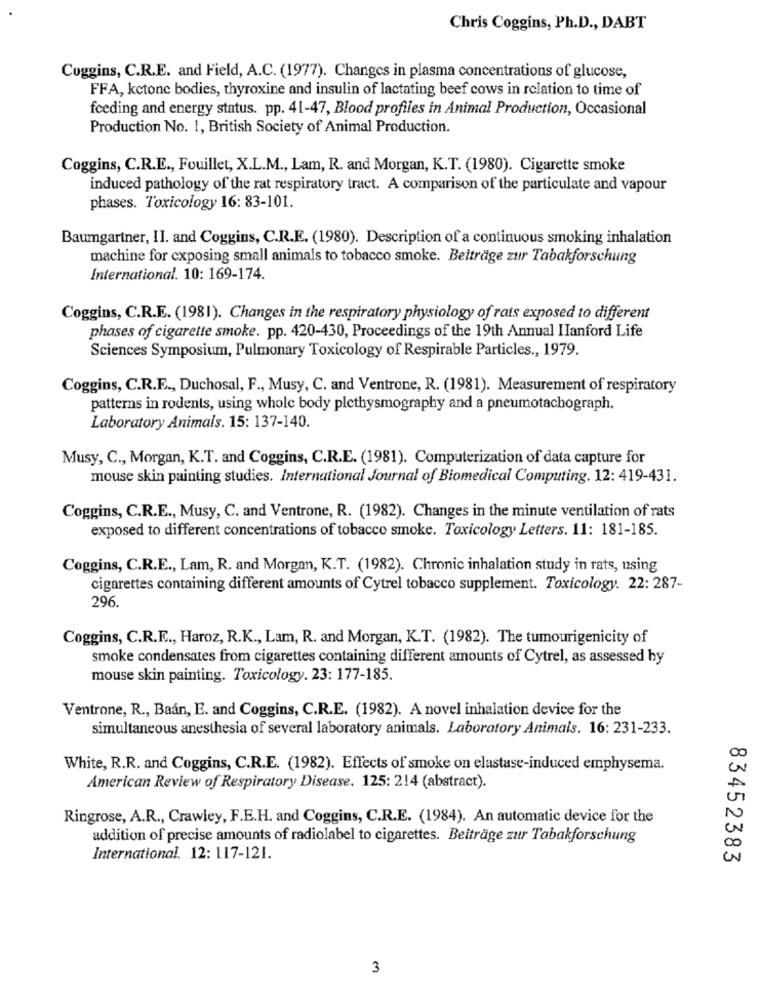
Chris Coggins, Ph.D ., DABT
Coggins, C.R.E. and Field, A.C. (1977). Changes in plasma concentrations of glucose,
FFA, kctone bodies, thyroxine and insulin of lactating beef cows in relation to time of
feeding and energy status. pp. 41-47, Blood profiles in Animal Production, Occasional
Production No. 1, British Society of Animal Production.
Coggins, C.R.E ., Fouillet, X.L.M ., Lam, R. and Morgan, K.T. (1980). Cigarette smoke
induced pathology of the rat respiratory tract. A comparison of the particulate and vapour
phases. Toxicology 16: 83-101.
Baumgartner, II. and Coggins, C.R.E. (1980). Description of a continuous smoking inhalation
machine for cxposing small animals to tobacco smoke. Beiträge zur Tabakforschung
International. 10: 169-174.
Coggins, C.R.E. (1981). Changes in the respiratory physiology of rats exposed to different
phases of cigarette smoke. pp. 420-430, Proceedings of the 19th Annual Hanford Life
Sciences Symposium, Pulmonary Toxicology of Respirable Particles ., 1979.
Coggins, C.R.E ., Duchosal, F ., Musy, C. and Ventrone, R. (1981). Measurement of respiratory
patterns in rodents, using whole body plethysmography and a pneumotachograph.
Laboratory Animals. 15: 137-140.
Musy, C ., Morgan, K.T. and Coggins, C.R.E. (1981). Computerization of data capture for
mouse skin painting studies. International Journal of Biomedical Computing. 12: 419-431.
Coggins, C.R.E ., Musy, C. and Ventrone, R. (1982). Changes in the minute ventilation of rats
exposed to different concentrations of tobacco smoke. Toxicology Letters. 11: 181-185.
Coggins, C.R.E ., Lam, R. and Morgan, K.T. (1982). Chronic inhalation study in rats, using
cigarettes containing different amounts of Cytrel tobacco supplement. Toxicology. 22: 287-
296.
Coggins, C.R.E ., Haroz, R.K ., Lam, R. and Morgan, K.T. (1982). The tumourigenicity of
smoke condensates from cigarettes containing different amounts of Cytrel, as assessed by
mouse skin painting. Toxicology. 23: 177-185.
Ventrone, R ., Baan, E. and Coggins, C.R.E. (1982). A novel inhalation device for the
simultaneous anesthesia of several laboratory animals. Laboratory Animals. 16: 231-233.
White, R.R. and Coggins, C.R.E. (1982). Effects of smoke on elastase-induced emphysema.
American Review of Respiratory Disease. 125: 214 (abstract).
Ringrose, A.R ., Crawley, F.E.H. and Coggins, C.R.E. (1984). An automatic device for the
addition of precise amounts of radiolabel to cigarettes. Beiträge zur Tabakforschung
International. 12: 117-121.
83452383
3